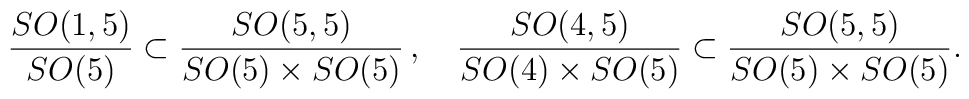
\frac{SO(1,5)}{SO(5)} \subset\frac{SO(5,5)}{SO(5) \times SO(5)} \, , \quad\frac{SO(4,5)}{SO(4)\times SO(5)} \subset \frac{SO(5,5)}{SO(5)\times SO(5)}.